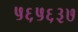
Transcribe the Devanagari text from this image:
५६५६३७